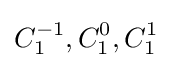
C_{1}^{-1},C_{1}^{0},C_{1}^{1}